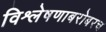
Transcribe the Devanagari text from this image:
विश्लेषणाबरोबरच